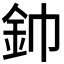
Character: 𮡥